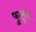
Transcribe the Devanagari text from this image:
फुलुन